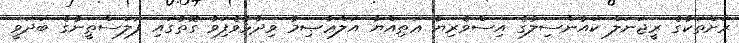
ރަށްތަކުގެ ރީޖަނަލް ކައުންސިލުގެ އިސްވެރިޔާ ޢަޠިއްޔާ އަލްޢާޞިމު ވިދާޅުވެފަިވާ ގޮތުގައި ފަލަސްޠީނުގެ ބަދަވީ